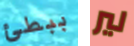
ببطئ لير